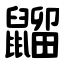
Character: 䶉